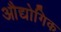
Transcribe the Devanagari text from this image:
औद्योगिक